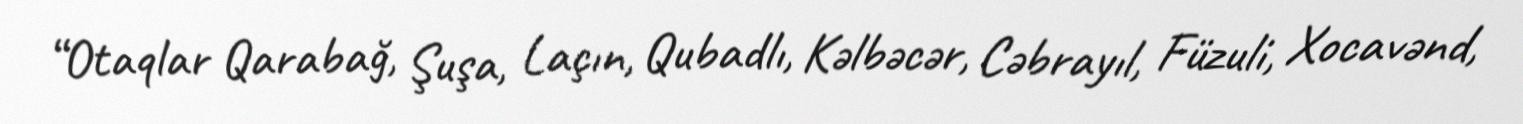
“Otaqlar Qarabağ, Şuşa, Laçın, Qubadlı, Kəlbəcər, Cəbrayıl, Füzuli, Xocavənd,